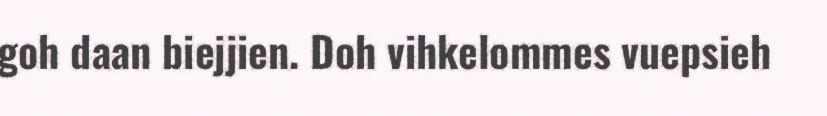
goh daan biejjien. Doh vihkelommes vuepsieh